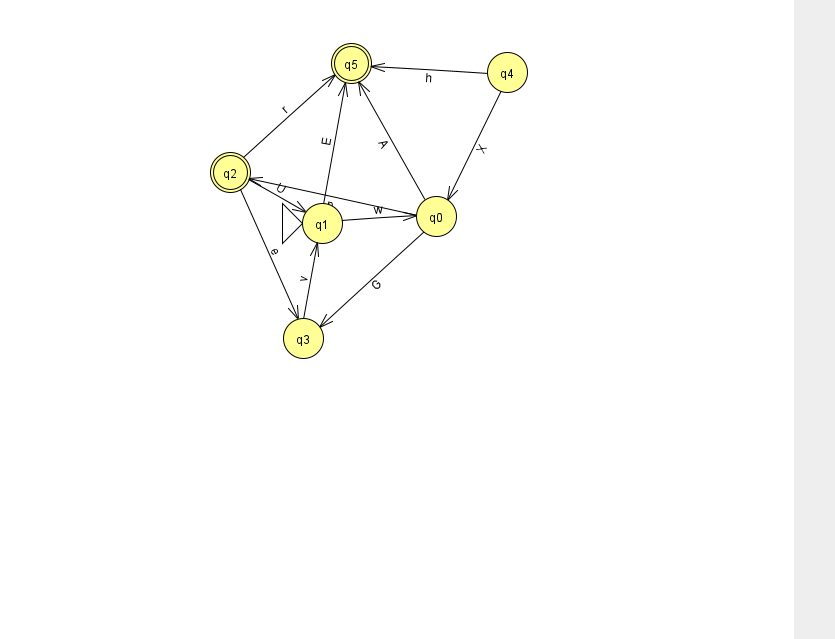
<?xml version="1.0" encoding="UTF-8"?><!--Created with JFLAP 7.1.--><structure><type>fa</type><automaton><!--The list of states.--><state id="0" name="q0"><x>436.0</x><y>203.0</y></state><state id="1" name="q1"><x>322.0</x><y>210.0</y><initial/></state><state id="2" name="q2"><x>230.0</x><y>159.0</y><final/></state><state id="3" name="q3"><x>303.0</x><y>325.0</y></state><state id="4" name="q4"><x>507.0</x><y>59.0</y></state><state id="5" name="q5"><x>351.0</x><y>50.0</y><final/></state><!--The list of transitions.--><transition><from>1</from><to>0</to><read>w</read></transition><transition><from>2</from><to>5</to><read>r</read></transition><transition><from>2</from><to>3</to><read>e</read></transition><transition><from>4</from><to>5</to><read>h</read></transition><transition><from>0</from><to>3</to><read>G</read></transition><transition><from>4</from><to>0</to><read>X</read></transition><transition><from>0</from><to>2</to><read>p</read></transition><transition><from>0</from><to>5</to><read>A</read></transition><transition><from>1</from><to>5</to><read>E</read></transition><transition><from>3</from><to>1</to><read>v</read></transition><transition><from>2</from><to>1</to><read>U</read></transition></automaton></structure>